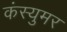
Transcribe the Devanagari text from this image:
कंस्युमर